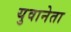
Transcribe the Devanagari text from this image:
युवानेता